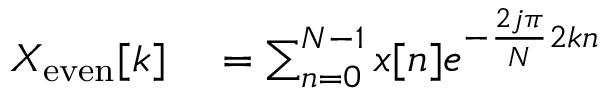
\begin{array} { r l } { X _ { \mathrm { e v e n } } [ k ] } & { { } = \sum _ { n = 0 } ^ { N - 1 } x [ n ] e ^ { - { \frac { 2 j \pi } { N } } 2 k n } } \end{array}